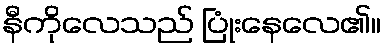
နီကိုလေသည် ပြုံးနေလေ၏။